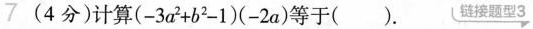
7 (4分)计算$$( - 3 a ^ { 2 } + b ^ { 2 } - 1) ( - 2 a )$$等于(